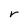
Character: r